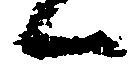
候